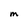
Character: M